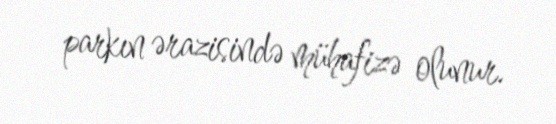
parkın ərazisində mühafizə olunur.